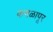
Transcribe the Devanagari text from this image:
कमळापूर